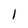
Character: 1